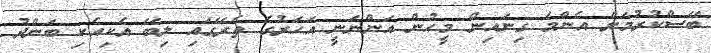
ބޭސްކުރުމަށް އެންމެ ގިނައިން މީހުން އަންނަނީ އަހަރުގެ ތެރޭގައި ލިބޭ އެކިއެކި ބަންދު